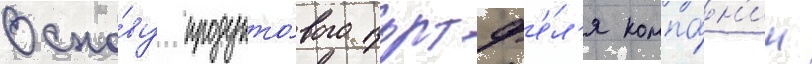
Осно́ву продукто́вого портф'е́л'я компа́н'ии